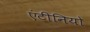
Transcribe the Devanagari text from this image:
एंटीनियो